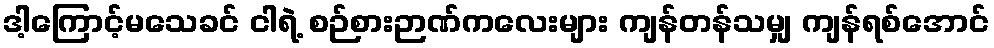
ဒါ့ကြောင့်မသေခင် ငါရဲ့ စဉ်စားဉာဏ်ကလေးများ ကျန်တန်သမျှ ကျန်ရစ်အောင်